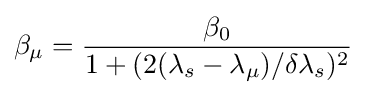
\beta _{\mu }={\frac {\beta _{0}}{1+(2(\lambda _{s}-\lambda _{\mu })/\delta \lambda _{s})^{2}}}